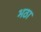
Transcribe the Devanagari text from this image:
भठा